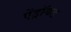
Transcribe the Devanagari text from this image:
ऐंड्रॉयड